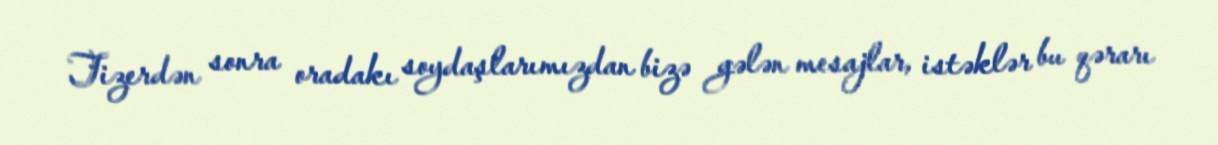
Tizerdən sonra oradakı soydaşlarımızdan bizə gələn mesajlar, istəklər bu qərarı